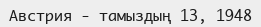
Австрия - тамыздың 13, 1948